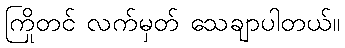
ကြိုတင် လက်မှတ် သေချာပါတယ်။